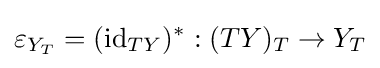
\varepsilon _{Y_{T}}=(\mathrm {id} _{TY})^{*}:(TY)_{T}\to Y_{T}